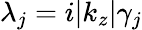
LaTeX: \lambda_{j}=i|k_{z}|\gamma_{j}